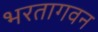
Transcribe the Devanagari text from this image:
भरतागवन